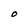
Character: O